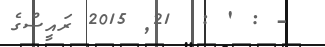
- : ' :  21